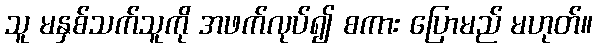
သူ မနှစ်သက်သူကို အဖက်လုပ်၍ စကား ပြောမည် မဟုတ်။